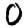
Digit: 0